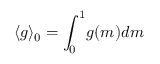
\langle g \rangle _ { 0 } = \int _ { 0 } ^ { 1 } \! g ( m ) d m